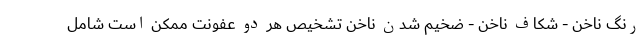
رنگ ناخن - شکاف ناخن - ضخیم شدن ناخن تشخیص هر دو عفونت ممکن است شامل